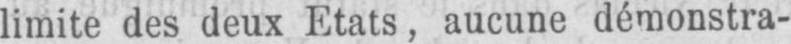
limite des deux Etats, aucune démonstra-